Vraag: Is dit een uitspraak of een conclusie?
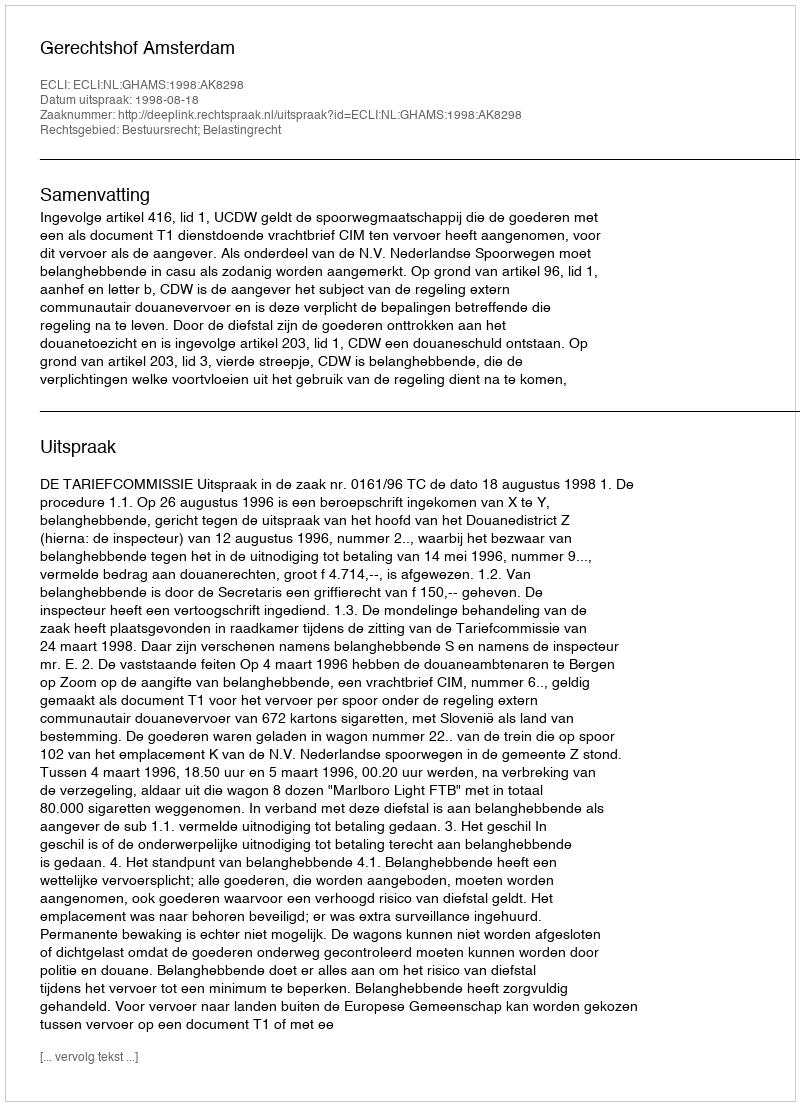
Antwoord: Uitspraak